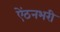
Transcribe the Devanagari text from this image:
ऐंठनभरी